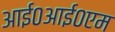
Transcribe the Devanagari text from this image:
आई०आई०एम